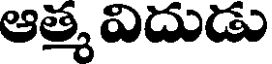
ఆత్మ విదుడు